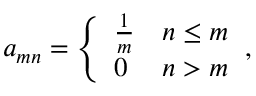
a _ { m n } = { \left\{ \begin{array} { l l } { { \frac { 1 } { m } } } & { n \leq m } \\ { 0 } & { n > m } \end{array} \right. } ,